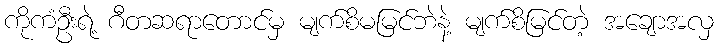
ကိုကံဦးရဲ့ ဂီတဆရာတောင်မှ မျက်စိမမြင်ဘဲနဲ့ မျက်စိမြင်တဲ့ အချောအလှ